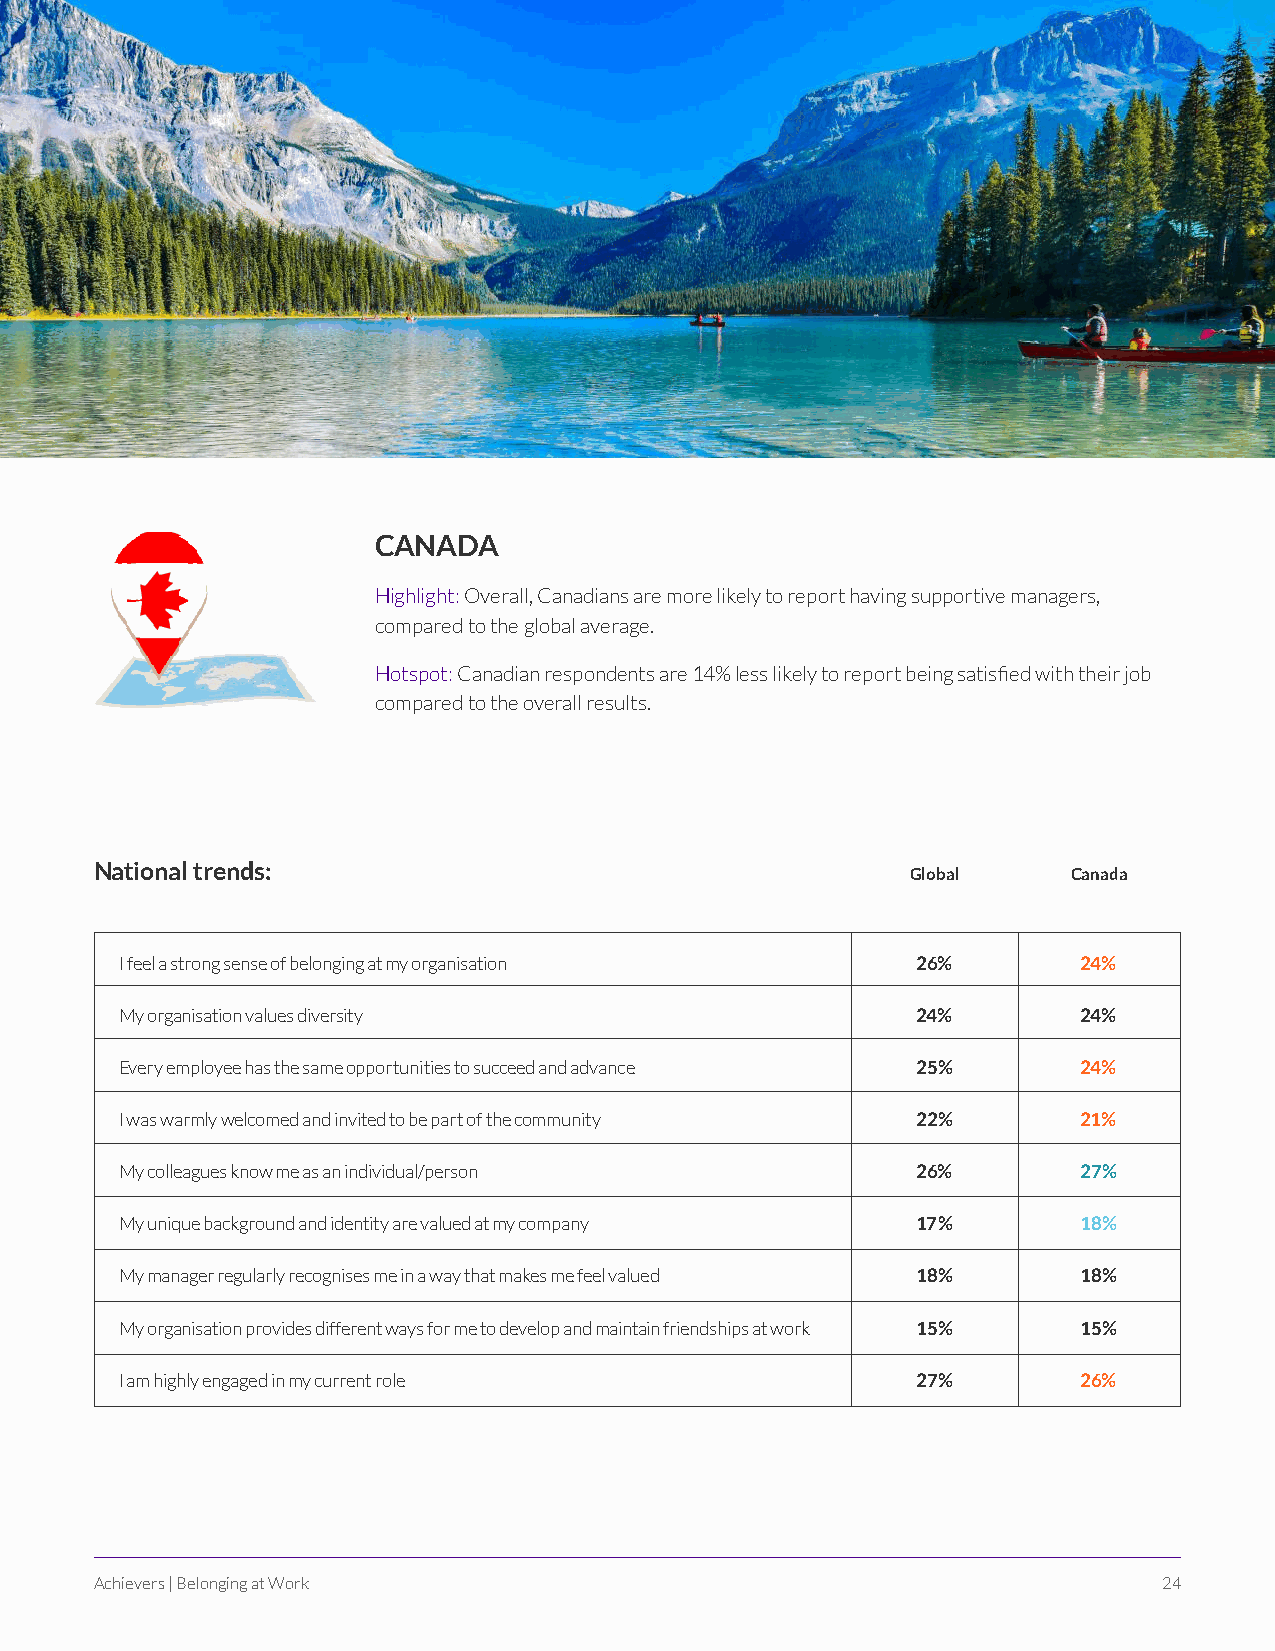
CANADA
 Highlight: Overall, Canadians are more likely to report having supportive managers,
 compared to the global average.
 Hotspot: Canadian respondents are 14% less likely to report being satisfied with their job
 compared to the overall results.
 National trends:
 Global     Canada
 I feel a strong sense of belonging at my organisation 26%       24%
 My organisation values diversity                     24%        24%
 Every employee has the same opportunities to succeed and advance 25% 24%
 I was warmly welcomed and invited to be part of the community 22% 21%
 My colleagues know me as an individual/person        26%        27%
 My unique background and identity are valued at my company 17%  18%
 My manager regularly recognises me in a way that makes me feel valued 18% 18%
 My organisation provides different ways for me to develop and maintain friendships at work 15% 15%
 I am highly engaged in my current role               27%        26%
 Achievers | Belonging at Work                                          24